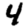
Digit: 4